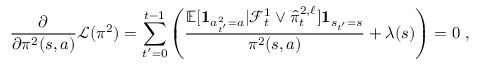
\frac { \partial } { \partial \pi ^ { 2 } ( s , a ) } \mathcal L ( \pi ^ { 2 } ) = \sum _ { t ^ { \prime } = 0 } ^ { t - 1 } \left( \frac { \mathbb E [ \mathbf 1 _ { a _ { t ^ { \prime } } ^ { 2 } = a } | \mathcal F _ { t } ^ { 1 } \vee \widehat { \pi } _ { t } ^ { 2 , \ell } ] \mathbf 1 _ { s _ { t ^ { \prime } } = s } } { \pi ^ { 2 } ( s , a ) } + \lambda ( s ) \right) = 0 \ ,